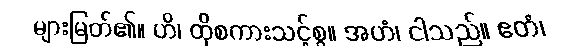
များမြတ်၏။ ဟိ၊ ထိုစကားသင့်စွ။ အဟံ၊ ငါသည်။ ဧတံ၊